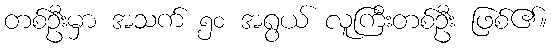
တစ်ဦးမှာ အသက် ၅၀ အရွယ် လူကြီးတစ်ဦး ဖြစ်၏။